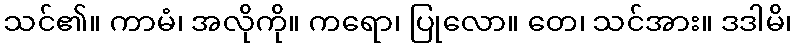
သင်၏။ ကာမံ၊ အလိုကို။ ကရော၊ ပြုလော။ တေ၊ သင်အား။ ဒဒါမိ၊